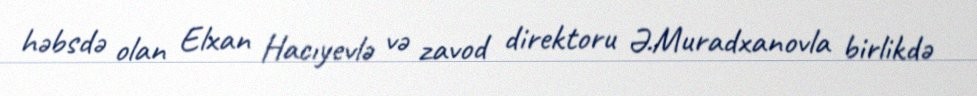
həbsdə olan Elxan Hacıyevlə və zavod direktoru Ə.Muradxanovla birlikdə